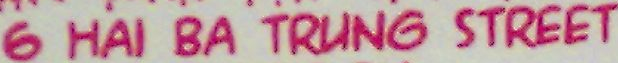
6 HAI BA TRUNG STREET